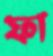
ফা